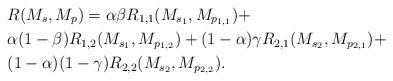
LaTeX: \begin{align*} & R(M_s,M_p)=\alpha\beta R_{1,1}(M_{s_1},M_{p_{1,1}})+\\ &\alpha(1-\beta)R_{1,2}(M_{s_1},M_{p_{1,2}})+(1-\alpha)\gamma R_{2,1}(M_{s_2},M_{p_{2,1}})+\\ &(1-\alpha)(1-\gamma)R_{2,2}(M_{s_2},M_{p_{2,2}}). \end{align*}